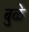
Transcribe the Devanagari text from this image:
बुळे